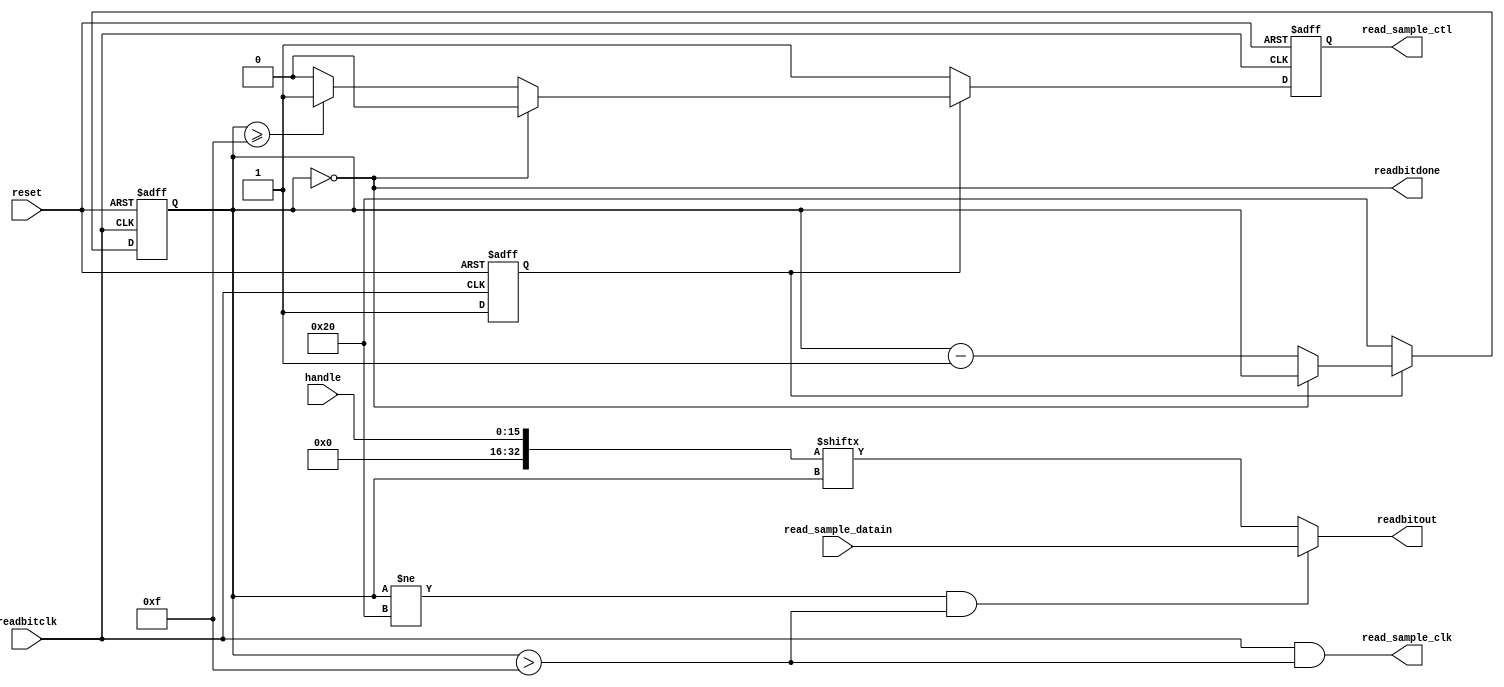
`timescale 1ns/1ns

// READ: Tag response to a 'read' command.
// Copyright 2010 University of Washington
// License: http://creativecommons.org/licenses/by/3.0/
// 2008 Dan Yeager

// readbit* = talking to tx module

// read_sample_* = talking to external source (adc or msp430)
//                 which supplies sample data to be transmitted.

// handle = current handle from random number generator

module read(reset, readbitclk, readbitout, readbitdone, 
           read_sample_ctl, read_sample_clk, read_sample_datain, 
           handle);
input  reset, readbitclk;
output readbitout, readbitdone;
input  read_sample_datain;
output read_sample_ctl, read_sample_clk;
input [15:0] handle;
  
wire [32:0] packet;
assign packet[32]    = 1'b0;
assign packet[31:16] = 16'h0000;
assign packet[15:0]  = handle[15:0];

reg [5:0] bitoutcounter;
reg read_sample_ctl;

wire read_sample_clk, readbitout, readbitdone;

assign read_sample_clk = readbitclk & (bitoutcounter > 15);
assign readbitout = (bitoutcounter!=32 && bitoutcounter>15) ? read_sample_datain : packet[bitoutcounter];
assign readbitdone = (bitoutcounter == 0);
reg    initialized;

always @ (posedge readbitclk or posedge reset) begin
  if (reset) begin
    bitoutcounter   <= 0;
    initialized     <= 0;
    read_sample_ctl <= 0;
  end else if (!initialized) begin
    initialized     <= 1;
    read_sample_ctl <= 1;
    bitoutcounter   <= 32;
  end else if (!readbitdone) begin
    bitoutcounter <= bitoutcounter - 4'd1;
    if (bitoutcounter >= 15) read_sample_ctl <= 1;
    else                     read_sample_ctl <= 0;
  end else begin
    read_sample_ctl<= 0;
  end // ~reset
end // always

endmodule